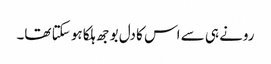
رونے ہی سے اس کا دل بوجھ ہلکا ہو سکتا تھا۔